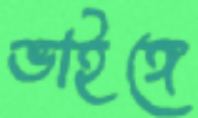
ভাইঙ্গে